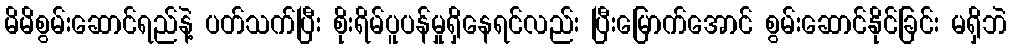
မိမိစွမ်းဆောင်ရည်နဲ့ ပတ်သက်ပြီး စိုးရိမ်ပူပန်မှုရှိနေရင်လည်း ပြီးမြောက်အောင် စွမ်းဆောင်နိုင်ခြင်း မရှိဘဲ